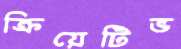
ক্রিয়েটিভ